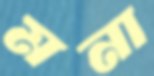
মনা